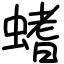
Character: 螧